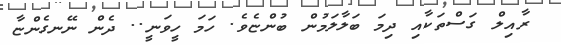
ރާއިލް ގަސްތަކާއި ދިމަ ބަލާލަމުން ބުންޏެވެ. ހަމަ ހީވަނީ.. ދެން ނޭނގެންޏާ